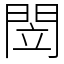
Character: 閚